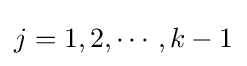
j=1,2,\cdots ,k-1